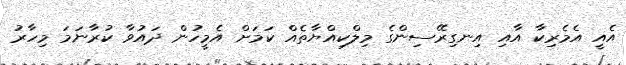
އެއީ އެމެރިކާ އާއި އިނގިރޭސިންގެ މިލްކިއްޔާތެއް ކަމަށް އެމީހުން ދައުވާ ކުރާނަމަ މިހާރު